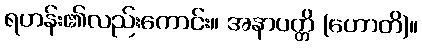
ရဟန်း၏လည်းကောင်း။ အနာပတ္တိ (ဟောတိ)။